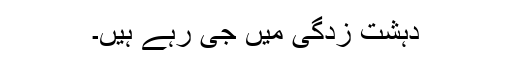
دہشت زدگی میں جی رہے ہیں۔